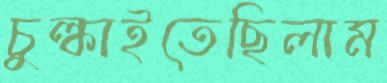
চুল্‌কাইতেছিলাম